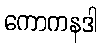
ကောကနဒါ